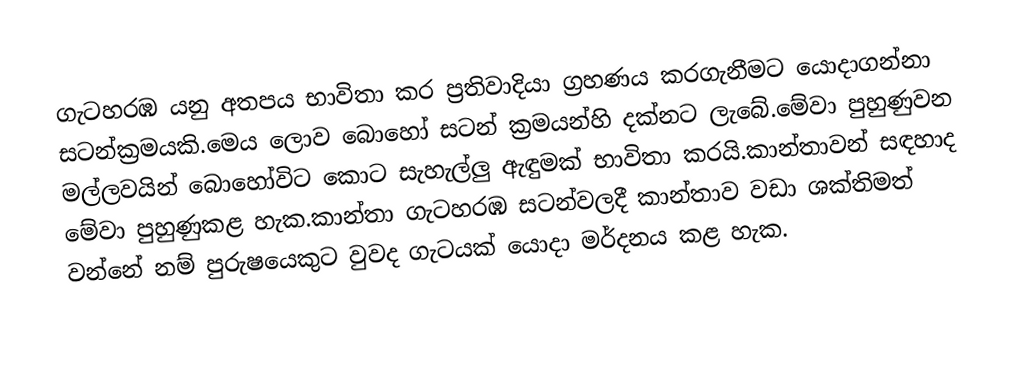
ගැටහරඹ යනු අතපය භාවිතා කර ප්‍රතිවාදියා ග්‍රහණය කරගැනීමට යොදාගන්නා සටන්ක්‍රමයකි.මෙය ලොව බොහෝ සටන් ක්‍රමයන්හි දක්නට ලැබේ.මේවා පුහුණුවන මල්ලවයින් බොහෝවිට කොට සැහැල්ලු ඇඳුමක් භාවිතා කරයි.කාන්තාවන් සඳහාද මේවා පුහුණුකළ හැක.කාන්තා ගැටහරඹ සටන්වලදී කාන්තාව වඩා ශක්තිමත් වන්නේ නම් පුරුෂයෙකුට වුවද ගැටයක් යොදා මර්දනය කළ හැක.